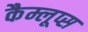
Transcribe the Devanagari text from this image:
कैम्लूप्स